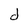
Character: d